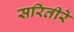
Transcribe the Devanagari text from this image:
सरितीरे